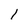
Character: l